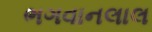
ભગવાનલાલ